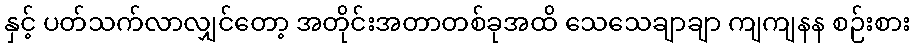
နှင့် ပတ်သက်လာလျှင်တော့ အတိုင်းအတာတစ်ခုအထိ သေသေချာချာ ကျကျနန စဉ်းစား